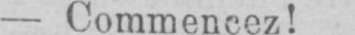
- Commencez!